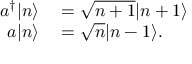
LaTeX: \begin{array} { r l } { a ^ { \dagger } | n \rangle } & { { } = { \sqrt { n + 1 } } | n + 1 \rangle } \\ { a | n \rangle } & { { } = { \sqrt { n } } | n - 1 \rangle . } \end{array}